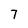
Character: 7